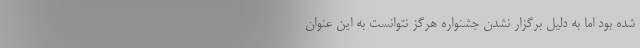
شده بود اما به دلیل برگزار نشدن جشنواره هرگز نتوانست به این عنوان